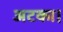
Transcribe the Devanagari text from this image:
अटका।